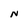
Character: N